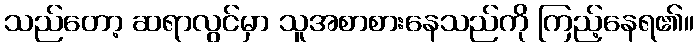
သည်တော့ ဆရာလွင်မှာ သူအစာစားနေသည်ကို ကြည့်နေရ၏။